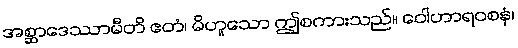
အစ္ဆာဒေဿာမီတိ ဧတံ၊ မိဟူသော ဤစကားသည်။ ဝေါဟာရဝစနံ၊